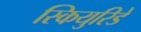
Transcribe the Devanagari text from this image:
स्कियुरिडे